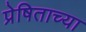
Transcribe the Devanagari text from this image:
प्रेषिताच्या